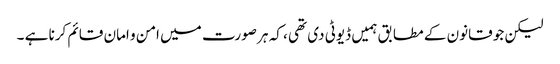
لیکن جو قانون کے مطابق ہمیں ڈیوٹی دی تھی ، کہ ہر صورت میں امن و امان قائم کرنا ہے ۔